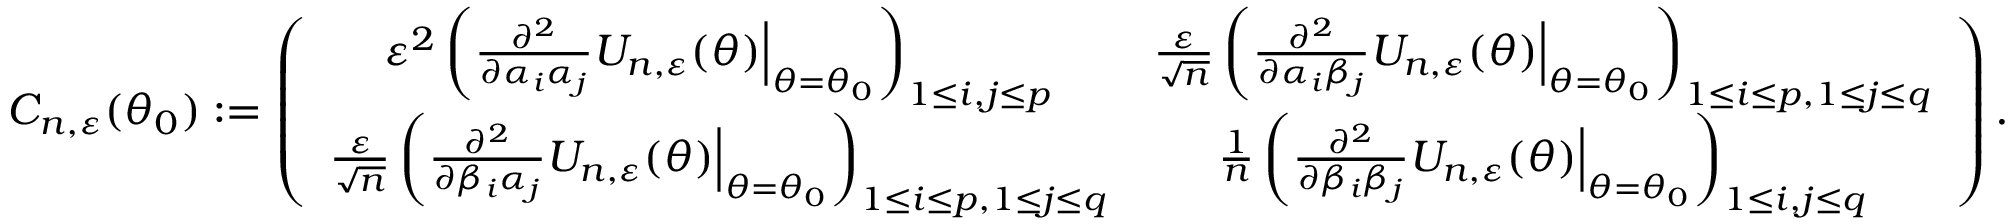
C _ { n , \varepsilon } ( \theta _ { 0 } ) : = \left( \begin{array} { c c } { \varepsilon ^ { 2 } \left( \frac { \partial ^ { 2 } } { \partial \alpha _ { i } \alpha _ { j } } U _ { n , \varepsilon } ( \theta ) \Big | _ { \theta = \theta _ { 0 } } \right) _ { 1 \leq i , j \leq p } } & { \frac { \varepsilon } { \sqrt { n } } \left( \frac { \partial ^ { 2 } } { \partial \alpha _ { i } \beta _ { j } } U _ { n , \varepsilon } ( \theta ) \Big | _ { \theta = \theta _ { 0 } } \right) _ { 1 \leq i \leq p , 1 \leq j \leq q } } \\ { \frac { \varepsilon } { \sqrt { n } } \left( \frac { \partial ^ { 2 } } { \partial \beta _ { i } \alpha _ { j } } U _ { n , \varepsilon } ( \theta ) \Big | _ { \theta = \theta _ { 0 } } \right) _ { 1 \leq i \leq p , 1 \leq j \leq q } } & { \frac { 1 } { n } \left( \frac { \partial ^ { 2 } } { \partial \beta _ { i } \beta _ { j } } U _ { n , \varepsilon } ( \theta ) \Big | _ { \theta = \theta _ { 0 } } \right) _ { 1 \leq i , j \leq q } } \end{array} \right) .